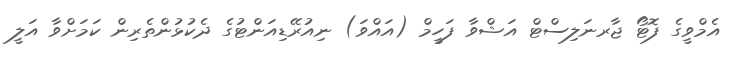
އެމްވީގެ ފޮޓޯ ޖާރނަލިސްޓް އަޝްވާ ފަހީމް (އައްވަ) ނިއުރޭޑިއަންޓުގެ ދެކުޅުންތެރިން ކަމަށްވާ އަލީ